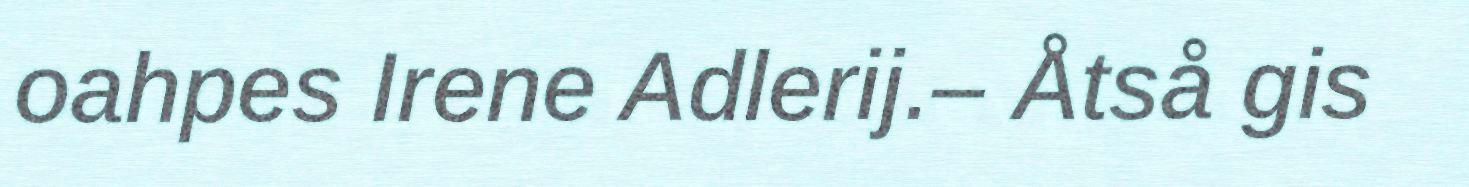
oahpes Irene Adlerij.– Åtså gis